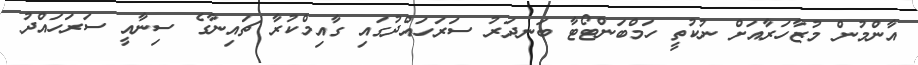
އާންމުން މުޒާހަރާއަށް ނުކުތީ ހަމްބަންޓޯޓާ ބަނދަރު ސަރަހައްދުގައި ގާއިމްކުރާ ޗައިނާގެ ސިނާއީ ސަރަހައްދު